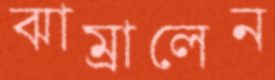
ঝাম্‌রালেন